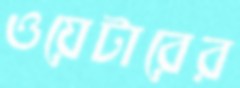
ওয়েটারের